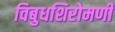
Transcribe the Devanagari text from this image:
विबुधशिरोमणी